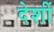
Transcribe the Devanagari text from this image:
देशीं